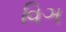
વિઞ